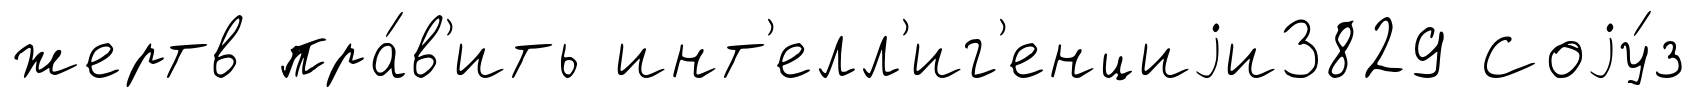
жертв пра́в'ить инт'елл'иг'енциjи3829 Соjу́з